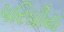
પરિઘીય